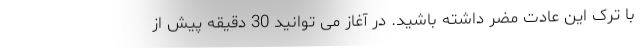
با ترک این عادت مضر داشته باشید. در آغاز می توانید 30 دقیقه پیش از